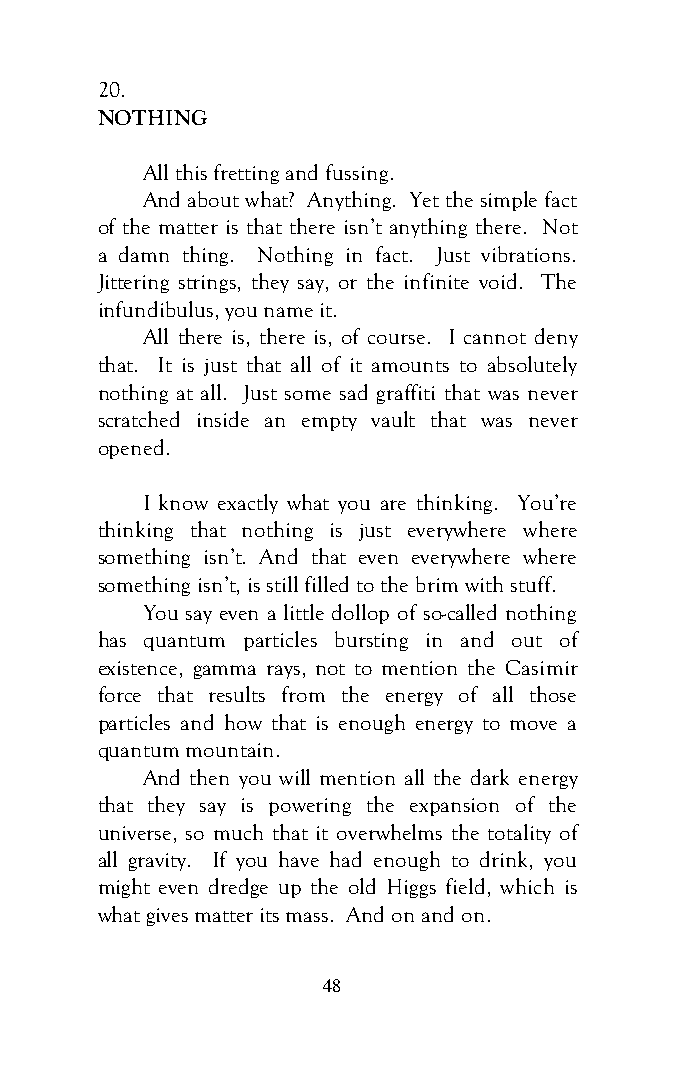
20.
 NOTHING
 All this fretting and fussing.
 And about what? Anything. Yet the simple fact
 of the matter is that there isn’t anything there. Not
 a damn thing. Nothing in fact. Just vibrations.
 Jittering strings, they say, or the infinite void. The
 infundibulus, you name it.
 All there is, there is, of course. I cannot deny
 that. It is just that all of it amounts to absolutely
 nothing at all. Just some sad graffiti that was never
 scratched inside an empty vault that was never
 opened.
 I know exactly what you are thinking. You’re
 thinking that nothing is just everywhere where
 something isn’t. And that even everywhere where
 something isn’t, is still filled to the brim with stuff.
 You say even a little dollop of so-called nothing
 has quantum particles bursting in and out of
 existence, gamma rays, not to mention the Casimir
 force that results from the energy of all those
 particles and how that is enough energy to move a
 quantum mountain.
 And then you will mention all the dark energy
 that they say is powering the expansion of the
 universe, so much that it overwhelms the totality of
 all gravity. If you have had enough to drink, you
 might even dredge up the old Higgs field, which is
 what gives matter its mass. And on and on.
 48